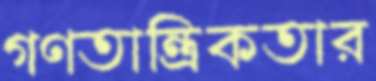
গণতান্ত্রিকতার